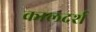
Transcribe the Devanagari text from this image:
कालदर्श